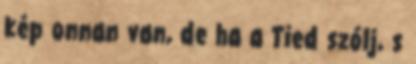
kép onnan van, de ha a Tied szólj, s